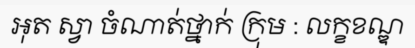
អុត ស្វា ចំណាត់ថ្នាក់ ក្រុម : លក្ខខណ្ឌ